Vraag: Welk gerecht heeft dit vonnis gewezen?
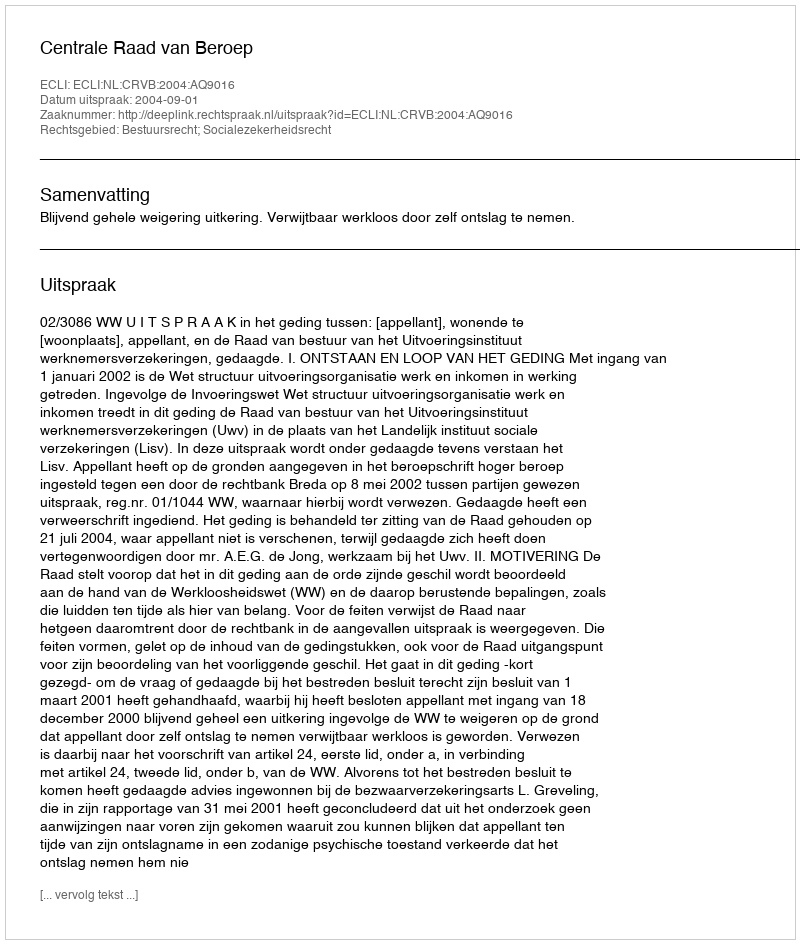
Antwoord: Centrale Raad van Beroep